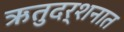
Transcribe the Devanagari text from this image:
ऋतुदर्शनात